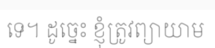
ទេ។ ដូច្នេះ ខ្ញុំត្រូវព្យាយាម